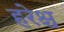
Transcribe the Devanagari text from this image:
हरेश्च